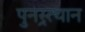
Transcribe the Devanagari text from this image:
पुनस्र्त्थान